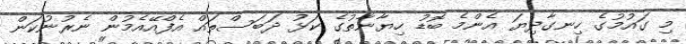
މި ގައުމުގެ ހިނގާދިޔަ އެންމެ ބޮޑު ހިޔާނާތުގެ ކަޅު ދަބަސްތައް އެފްއޭއެމުން ނެރުނުކަން